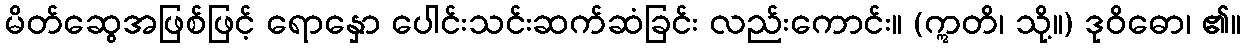
မိတ်ဆွေအဖြစ်ဖြင့် ရောနှော ပေါင်းသင်းဆက်ဆံခြင်း လည်းကောင်း။ (ဣတိ၊ သို့။) ဒုဝိဓော၊ ၏။